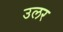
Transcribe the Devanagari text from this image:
उलर